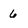
Character: 6